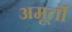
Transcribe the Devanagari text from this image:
अमूर्तो